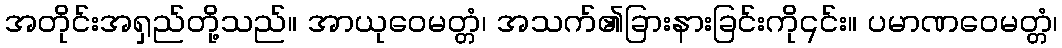
အတိုင်းအရှည်တို့သည်။ အာယုဝေမတ္တံ၊ အသက်၏ခြားနားခြင်းကို၎င်း။ ပမာဏဝေမတ္တံ၊